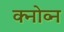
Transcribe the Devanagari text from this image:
क्नोव्न